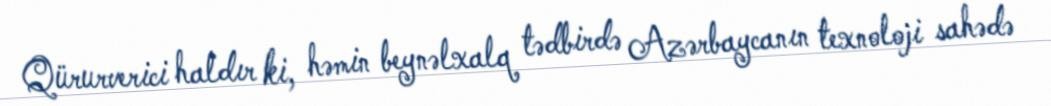
Qürurverici haldır ki, həmin beynəlxalq tədbirdə Azərbaycanın texnoloji sahədə